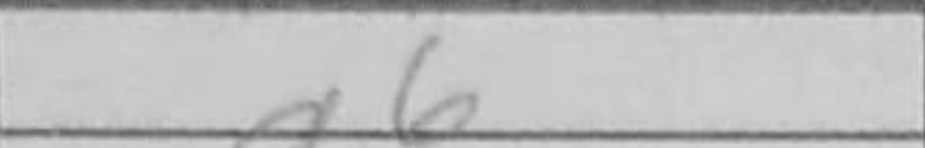
Transcription: g6